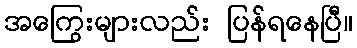
အကြွေးများလည်း ပြန်ရနေပြီ။